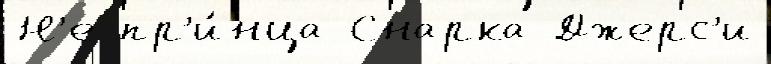
Н'е пр'и́нца Снарка Джерс'и